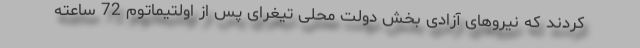
کردند که نیروهای آزادی بخش دولت محلی تیغرای پس از اولتیماتوم 72 ساعته